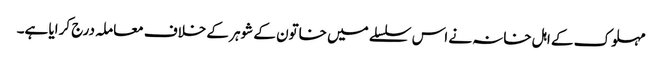
مہلوک کے اہل خانہ نے اس سلسلے میں خاتون کے شوہر کے خلاف معاملہ درج کرایا ہے۔